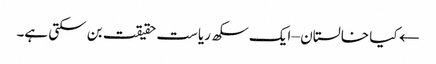
← کیا خالستان – ایک سکھ ریاست حقیقت بن سکتی ہے۔